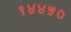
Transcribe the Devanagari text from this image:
१४४५०